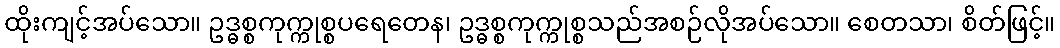
ထိုးကျင့်အပ်သော။ ဥဒ္ဓစ္စကုက္ကုစ္စပရေတေန၊ ဥဒ္ဓစ္စကုက္ကုစ္စသည်အစဉ်လိုအပ်သော။ စေတသာ၊ စိတ်ဖြင့်။